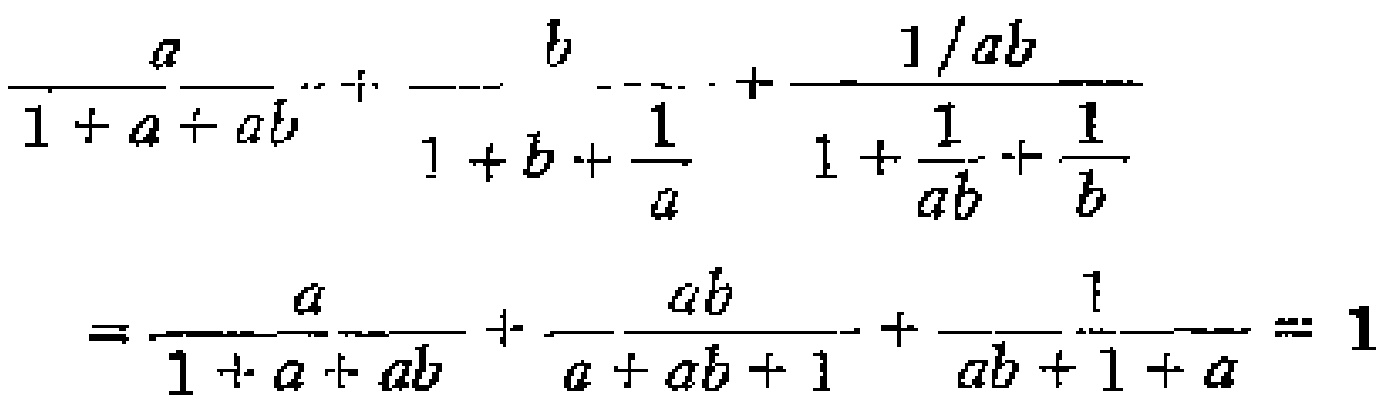
\[\frac{a}{1 + a + ab}+ \frac{b}{1 + b + \frac{1}{a}}+ \frac{1/ab}{1 + \frac{1}{ab}+ \frac{1}{b}}=\frac{a}{1 + a + ab}+ \frac{ab}{a + ab + 1}+ \frac{1}{ab + 1 + a}= 1\]